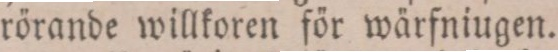
rörande willkoren för wärfniugen.